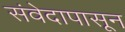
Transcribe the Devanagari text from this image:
संवेदापासून